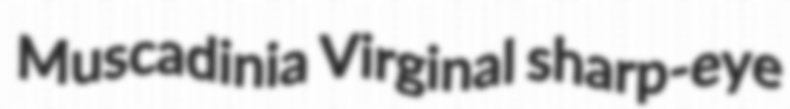
Muscadinia Virginal sharp-eye